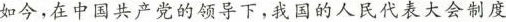
如今，在中国共产党的领导下，我国的人民代表大会制度